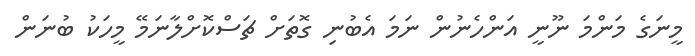
މީނަގެ މަންމަ ނޫނީ އަންހެނުން ނަމަ އެބުނި ގޮތަށް ޗަސްކޮށްލާނަމޭ މީހަކު ބުނަން